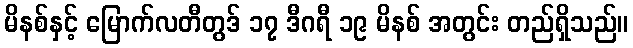
မိနစ်နှင့် မြောက်လတီတွဒ် ၁၇ ဒီဂရီ ၁၉ မိနစ် အတွင်း တည်ရှိသည်။